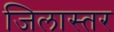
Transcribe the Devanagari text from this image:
जिलास्तर